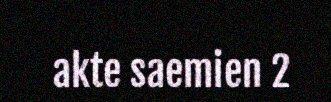
akte saemien 2